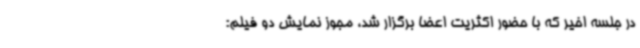
در جلسه اخیر که با حضور اکثریت اعضا برگزار شد، مجوز نمایش دو فیلم: